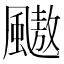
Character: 𱃋